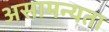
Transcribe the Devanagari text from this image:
असामन्यता